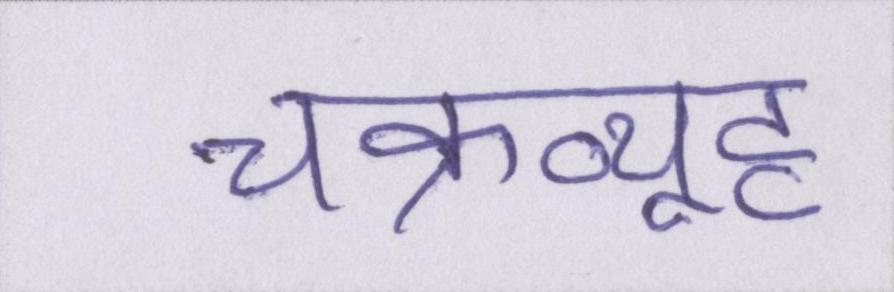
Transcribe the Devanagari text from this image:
चक्रव्यूह